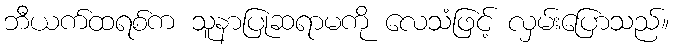
ဘီယက်ထရစ်က သူနာပြုဆရာမကို လေသံဖြင့် လှမ်းပြောသည်။